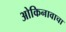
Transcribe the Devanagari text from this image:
ओकिनावाचा